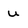
Character: U